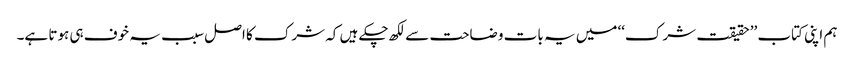
ہم اپنی کتاب ’’حقیقت شرک‘‘ میں یہ بات وضاحت سے لکھ چکے ہیں کہ شرک کا اصل سبب یہ خوف ہی ہوتا ہے۔